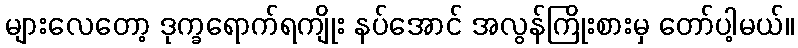
များလေတော့ ဒုက္ခရောက်ရကျိုး နပ်အောင် အလွန်ကြိုးစားမှ တော်ပါ့မယ်။